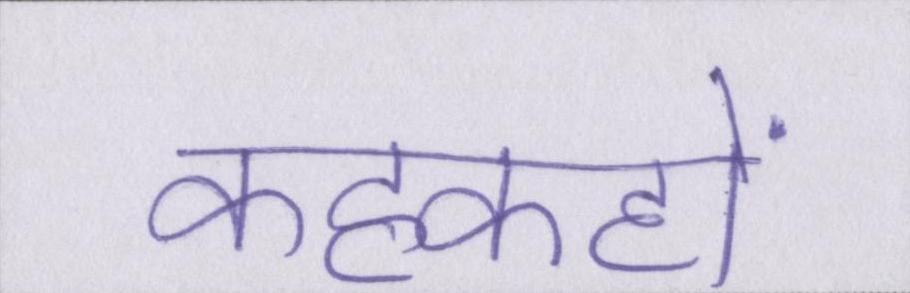
कहकहों